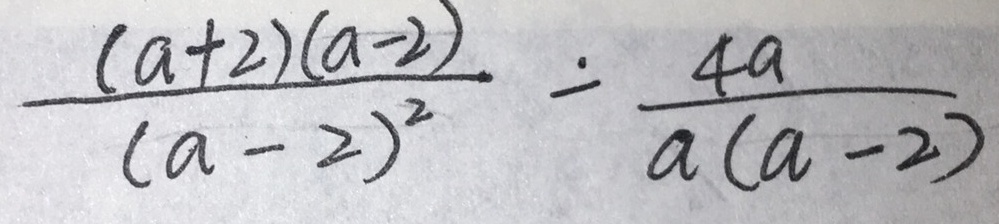
\frac { ( a + 2 ) ( a - 2 ) } { ( a - 2 ^ { 2 } ) } = \frac { 4 a } { a ( a - 2 ) }